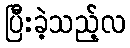
ပြီးခဲ့သည့်လ